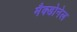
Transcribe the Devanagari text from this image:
मैक्डोनेल